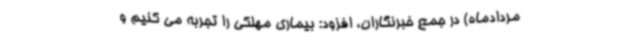
مردادماه) در جمع خبرنگاران، افزود: بیماری مهلکی را تجربه می کنیم و